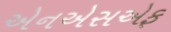
એનએસએફ